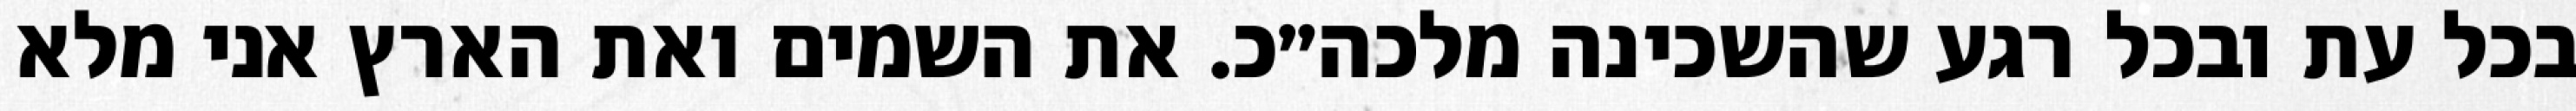
בכל עת ובכל רגע שהשכינה מלכה״כ. את השמים ואת הארץ אני מלא